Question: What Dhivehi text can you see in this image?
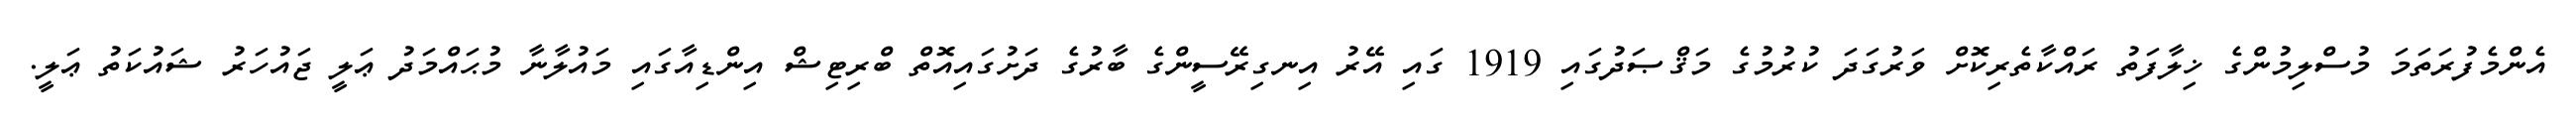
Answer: އެންމެފުރަތަމަ މުސްލިމުންގެ ޚިލާފަތު ރައްކާތެރިކޮށް ވަރުގަދަ ކުރުމުގެ މަޤްޞަދުގައި 1919 ގައި އޭރު އިނގިރޭސީންގެ ބާރުގެ ދަށުގައިއޮތް ބްރިޓިޝް އިންޑިއާގައި މައުލާނާ މުޙައްމަދު ޢަލީ ޖައުހަރު ޝައުކަތު ޢަލީ.